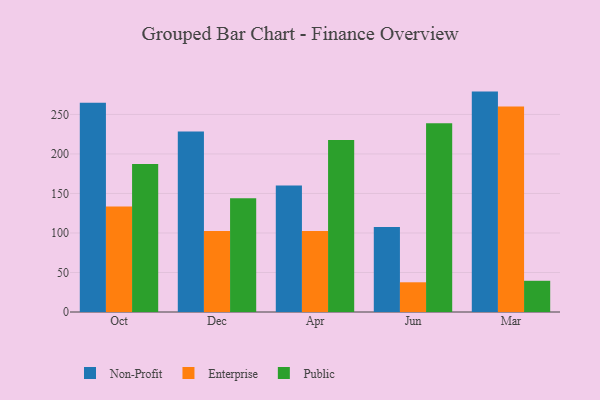
{"axis": {"x": "Month", "y": "Tickets Resolved"}, "legend": ["Enterprise", "Non-Profit", "Public"], "data": [{"x": "Oct", "y": 264.8, "type": "Non-Profit"}, {"x": "Oct", "y": 133.4, "type": "Enterprise"}, {"x": "Oct", "y": 187.4, "type": "Public"}, {"x": "Dec", "y": 228.5, "type": "Non-Profit"}, {"x": "Dec", "y": 102.4, "type": "Enterprise"}, {"x": "Dec", "y": 144.0, "type": "Public"}, {"x": "Apr", "y": 160.0, "type": "Non-Profit"}, {"x": "Apr", "y": 102.4, "type": "Enterprise"}, {"x": "Apr", "y": 217.6, "type": "Public"}, {"x": "Jun", "y": 107.7, "type": "Non-Profit"}, {"x": "Jun", "y": 37.6, "type": "Enterprise"}, {"x": "Jun", "y": 238.7, "type": "Public"}, {"x": "Mar", "y": 278.9, "type": "Non-Profit"}, {"x": "Mar", "y": 259.9, "type": "Enterprise"}, {"x": "Mar", "y": 39.5, "type": "Public"}]}